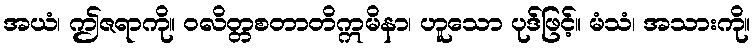
အယံ၊ ဤဇရာကို။ ဝလိတ္တစတာတိဣမိနာ၊ ဟူသော ပုဒ်ဖြင့်။ မံသံ၊ အသားကို။